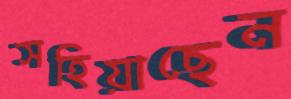
সহিয়াছেন